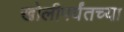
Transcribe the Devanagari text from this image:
खोलीपर्यंतच्या